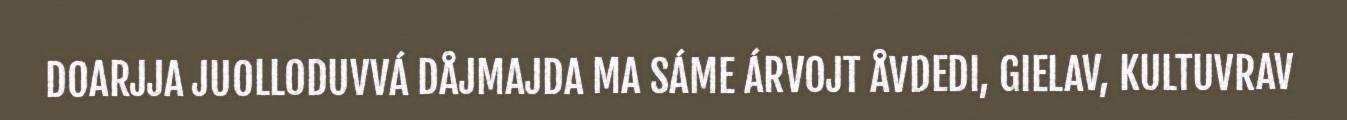
DOARJJA JUOLLODUVVÁ DÅJMAJDA MA SÁME ÁRVOJT ÅVDEDI, GIELAV, KULTUVRAV